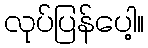
လုပ်ပြန်ပေါ့။